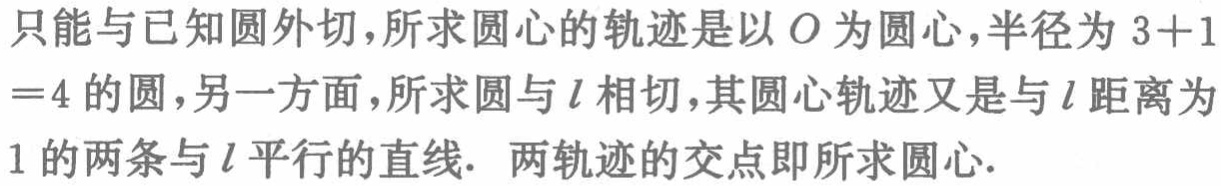
只能与已知圆外切，所求圆心的轨迹是以\(O\)为圆心，半径为\(3 + 1=4\)的圆，另一方面，所求圆与\(l\)相切，其圆心轨迹又是与\(l\)距离为\(1\)的两条与\(l\)平行的直线. 两轨迹的交点即所求圆心.